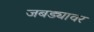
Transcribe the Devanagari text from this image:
जबड्यावर